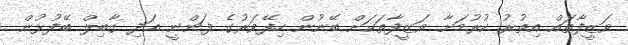
ވަޒީފާތައް އިތުރު ކުރުމަށާ ވަޒީފާތަކަށް ބޭނުން ހިފޭވަރުގެ ފަންނީ އަދި ގާބިލް ބޭފުޅުން